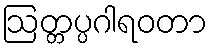
ဩတ္တပ္ပဂါရဝတာ